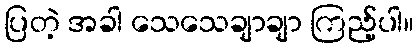
ပြတဲ့ အခါ သေသေချာချာ ကြည့်ပါ။